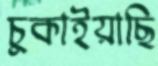
চুকাইয়াছি